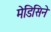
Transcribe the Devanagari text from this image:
मेडिसिने